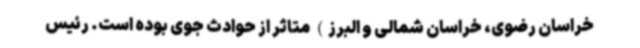
خراسان رضوی، خراسان شمالی و البرز) متاثر از حوادث جوی بوده است. رئیس